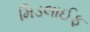
મિડલાઈફ